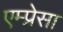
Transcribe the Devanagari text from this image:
एम्प्रेसा